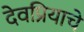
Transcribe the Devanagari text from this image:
देवप्रियाचे